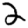
Digit: 2